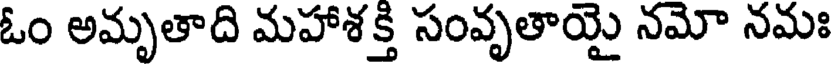
ఓం అమృతాది మహాశక్తి సంవృతాయై నమో నమః